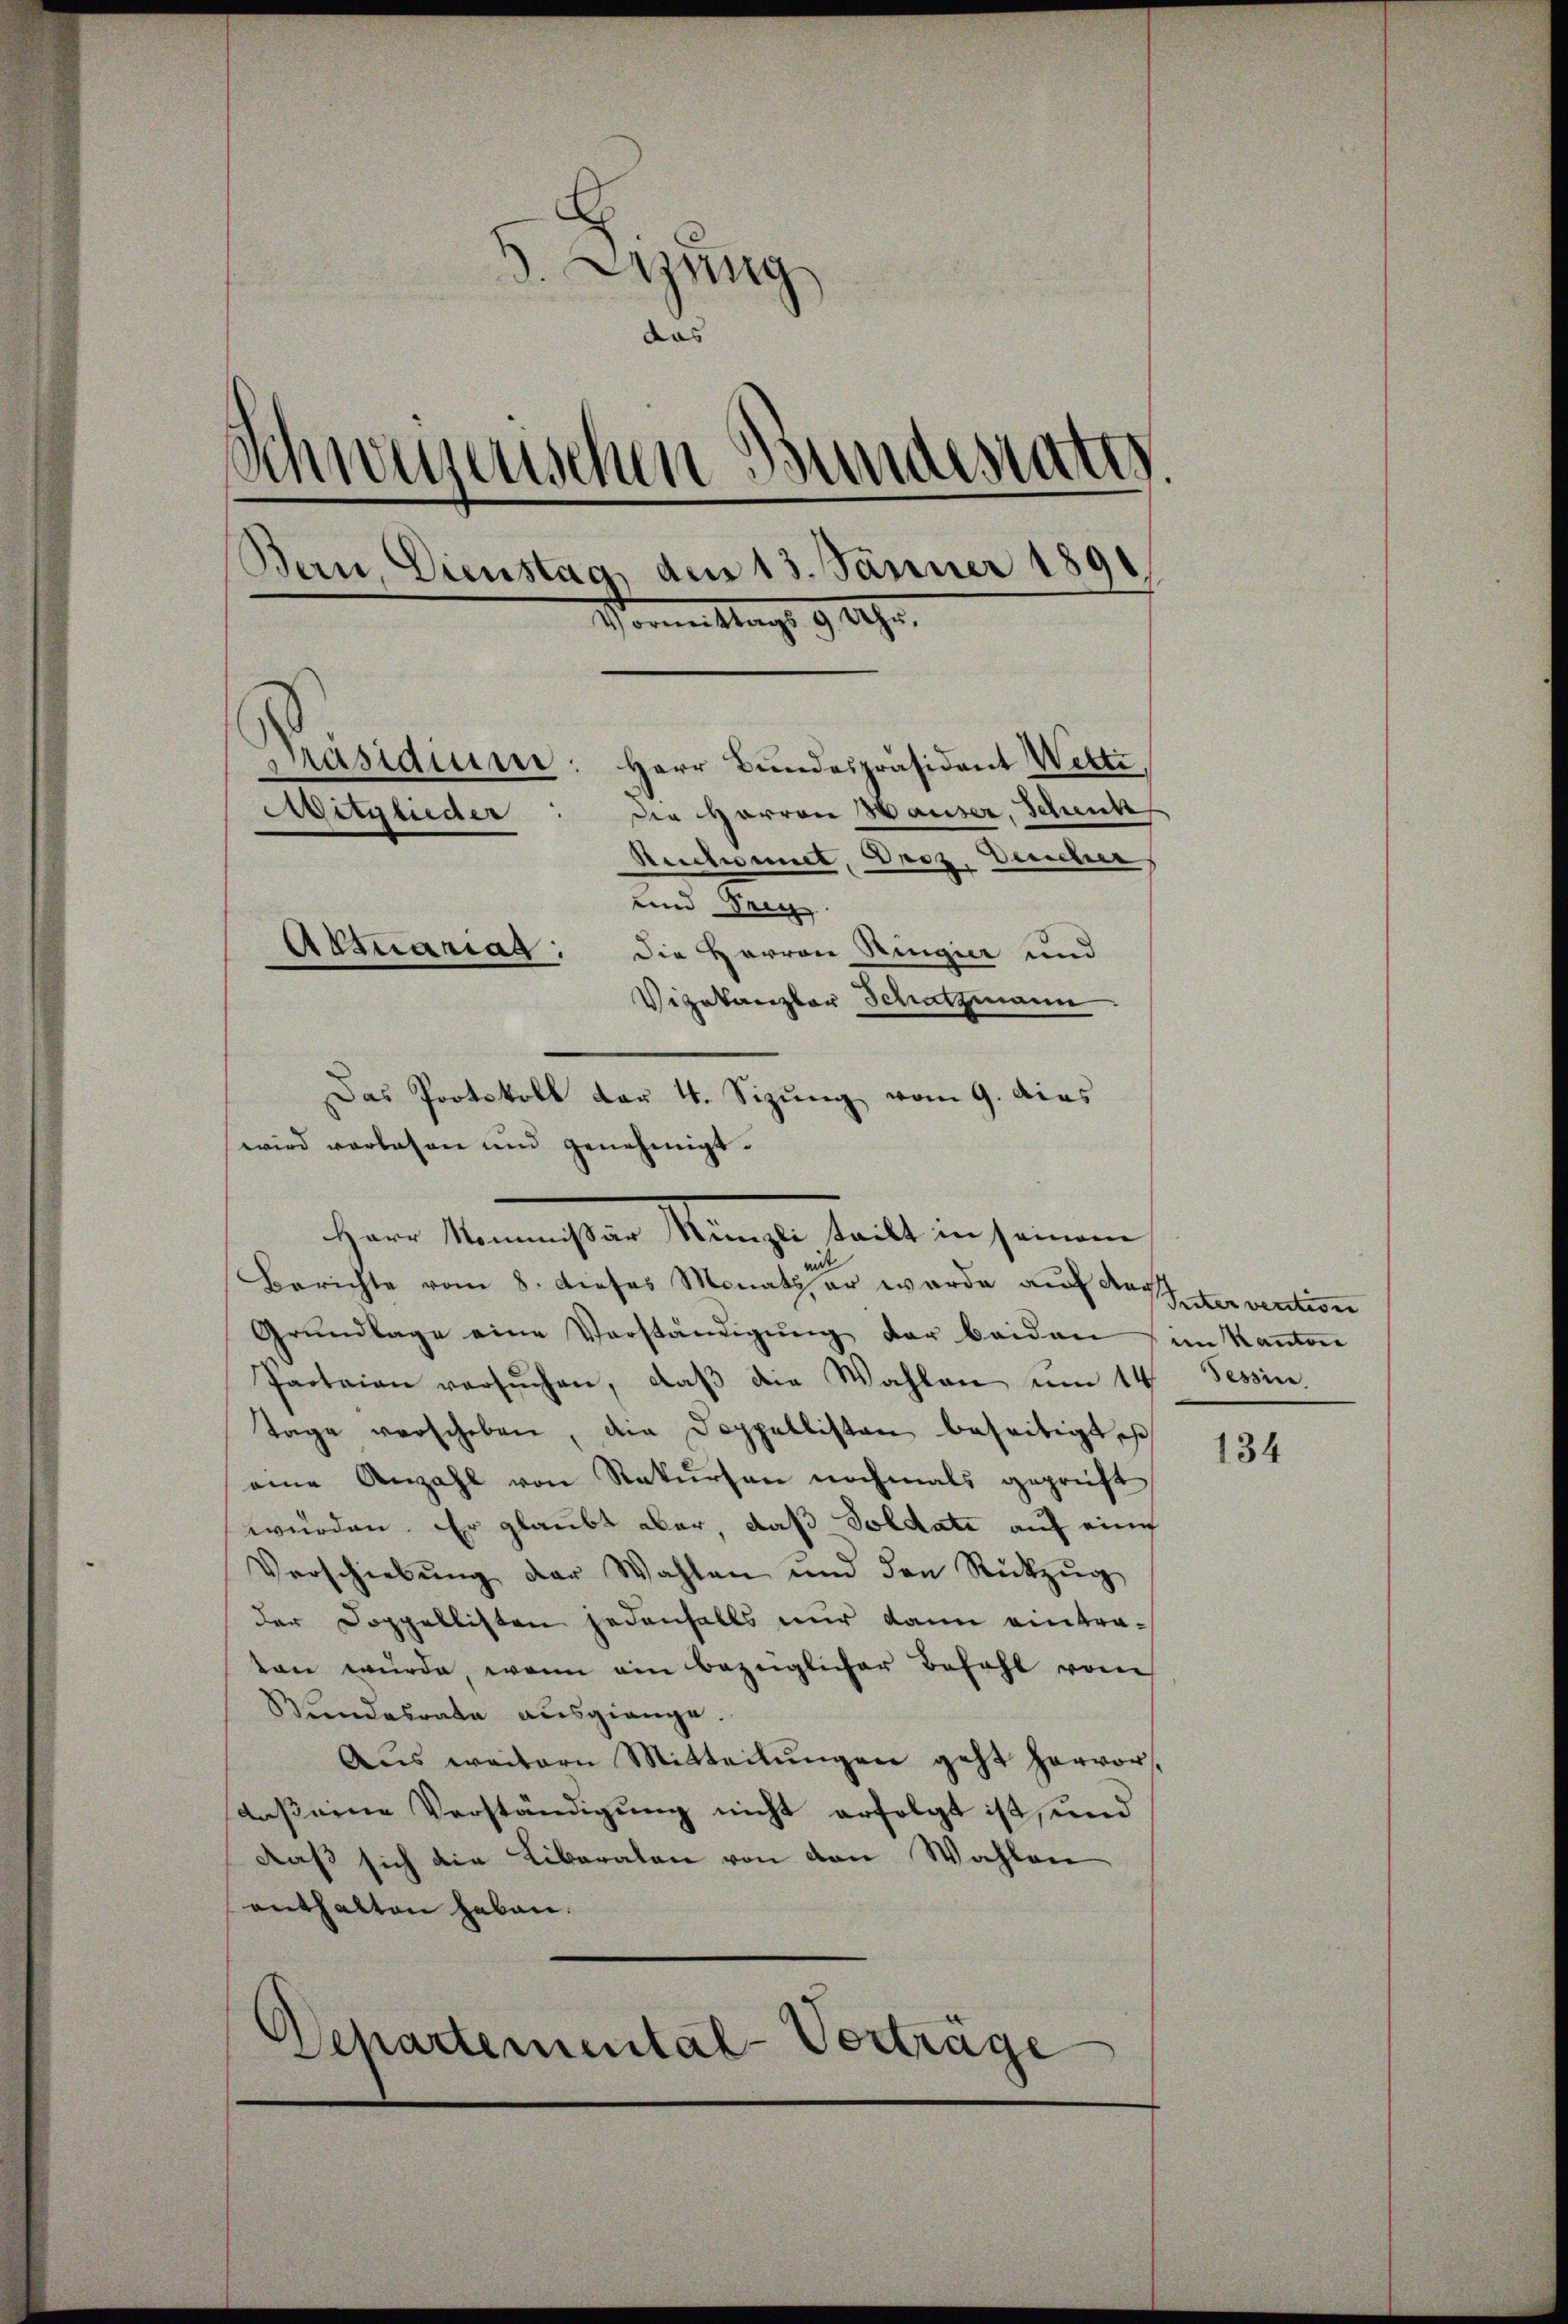
d. Lung
das
Schwegenschen Bundestatt.
.
Bern, Dienstag, dem 13. Jänner 1891
Vormittags 9 Uhr.
d
Präsidiine: Herr Bundespräsident Wetti,
die Harron Hauser, Schenk
Mitglieder
Rechnet, Droz. Deucher
und Frey
Actuariag:
Die Herrn Ringier und
Vizekanzler Schatzmann

Das Protokoll von 4. Sizung vom 9. dies
wird vorlesen und genehmigt.
Herr Kommissen Mänge teilt in seinem

Berichte vom 8. dieses Monat er wurde auf destervention
Grŭndlage eine Verständigŭng der beiden im Kanton
Paotaion versuchen, daß die Wahlen um 14 Tessin.
Tage verschoben, die Doppellisten beseitigt, sch
eine Anzahl von Rekursen nochmals geprüft
würden. Er glaubt aber, daß Soldate auf eine
Verschiebŭng der Wahlen und den Rückzŭg
der Doppellisten jedenfalls nur dann eintratan würde, wenn ein bezüglicher Befahl von
Bŭndesrate ausgienge.
Aŭs weitern Mitteilŭngen geht hervor.
daß eine Verständigung nicht erfolgt ist, und
daß sich die Liberalen von den Wahlen
enthalten haben.
Departemental-Vortrage

134